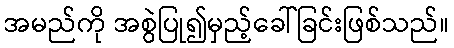
အမည်ကို အစွဲပြု၍မှည့်ခေါ်ခြင်းဖြစ်သည်။